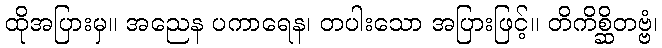
ထိုအပြားမှ။ အညေန ပကာရေန၊ တပါးသော အပြားဖြင့်။ တိကိစ္ဆိတဗ္ဗံ၊